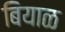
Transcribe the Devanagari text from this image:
बियाळ